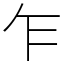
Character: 乍